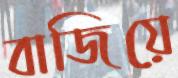
বাজিয়ে